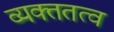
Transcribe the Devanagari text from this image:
व्यक्ततत्व